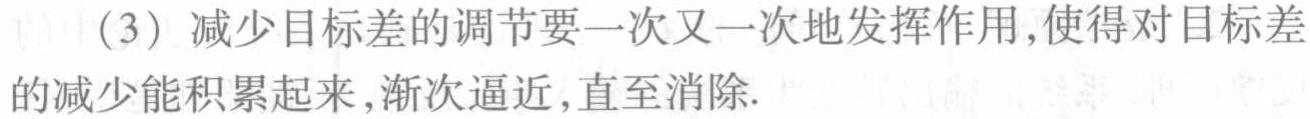
(3) 减少目标差的调节要一次又一次地发挥作用,使得对目标差的减少能积累起来,渐次逼近,直至消除.